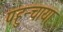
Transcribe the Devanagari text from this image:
पहुन्चाया